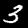
Digit: 3